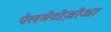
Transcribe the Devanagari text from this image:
पेलमेटोज़ोआ